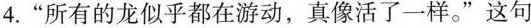
4.”所有的龙似乎都在游动，真像活了一样。”这句